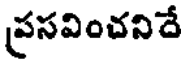
ప్రసవించనిదే